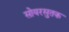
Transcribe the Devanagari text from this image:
सोयरसुतक